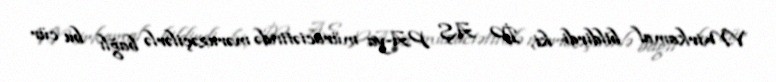
V.Mirkamal bildirdi ki, İP AŞ PA-ya müraciətində məruzəçilərlə bağlı bu cür